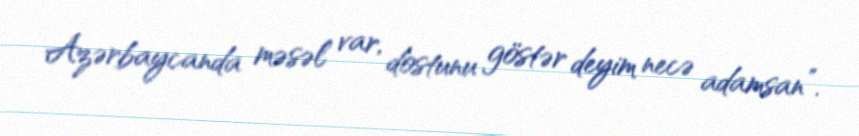
Azərbaycanda məsəl var, dostunu göstər deyim necə adamsan”.